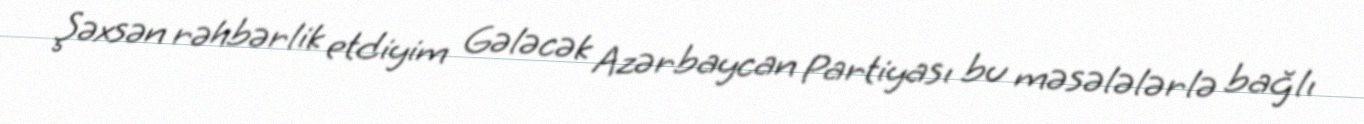
Şəxsən rəhbərlik etdiyim Gələcək Azərbaycan Partiyası bu məsələlərlə bağlı